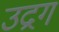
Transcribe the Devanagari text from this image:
उद्रग